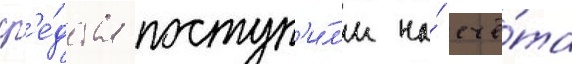
ср'е́дства поступ'и́л'и на́ счё́та